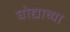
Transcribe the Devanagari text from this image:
घोद्याच्या